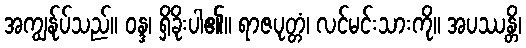
အကျွန်ုပ်သည်။ ဝန္ဒ၊ ရှိခိုးပါ၏။ ရာဇပုတ္တံ၊ လင်မင်းသားကို။ အပဿန္တိ၊